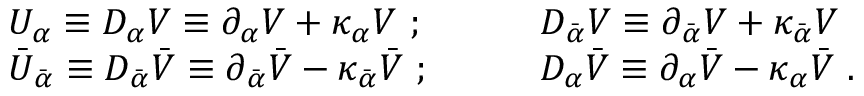
\begin{array} { l l } { { U _ { \alpha } \equiv { \cal D } _ { \alpha } V \equiv \partial _ { \alpha } V + \kappa _ { \alpha } V \ ; \qquad } } & { { { \cal D } _ { \bar { \alpha } } V \equiv \partial _ { \bar { \alpha } } V + \kappa _ { \bar { \alpha } } V } } \\ { { \bar { U } _ { \bar { \alpha } } \equiv { \cal D } _ { \bar { \alpha } } \bar { V } \equiv \partial _ { \bar { \alpha } } \bar { V } - \kappa _ { \bar { \alpha } } \bar { V } \ ; \qquad } } & { { { \cal D } _ { \alpha } \bar { V } \equiv \partial _ { \alpha } \bar { V } - \kappa _ { \alpha } \bar { V } \ . } } \end{array}